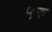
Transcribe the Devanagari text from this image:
५रु